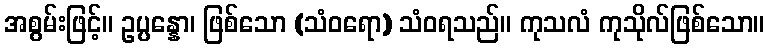
အစွမ်းဖြင့်။ ဥပ္ပန္နော၊ ဖြစ်သော (သံဝရော) သံဝရသည်။ ကုသလံ ကုသိုလ်ဖြစ်သော။